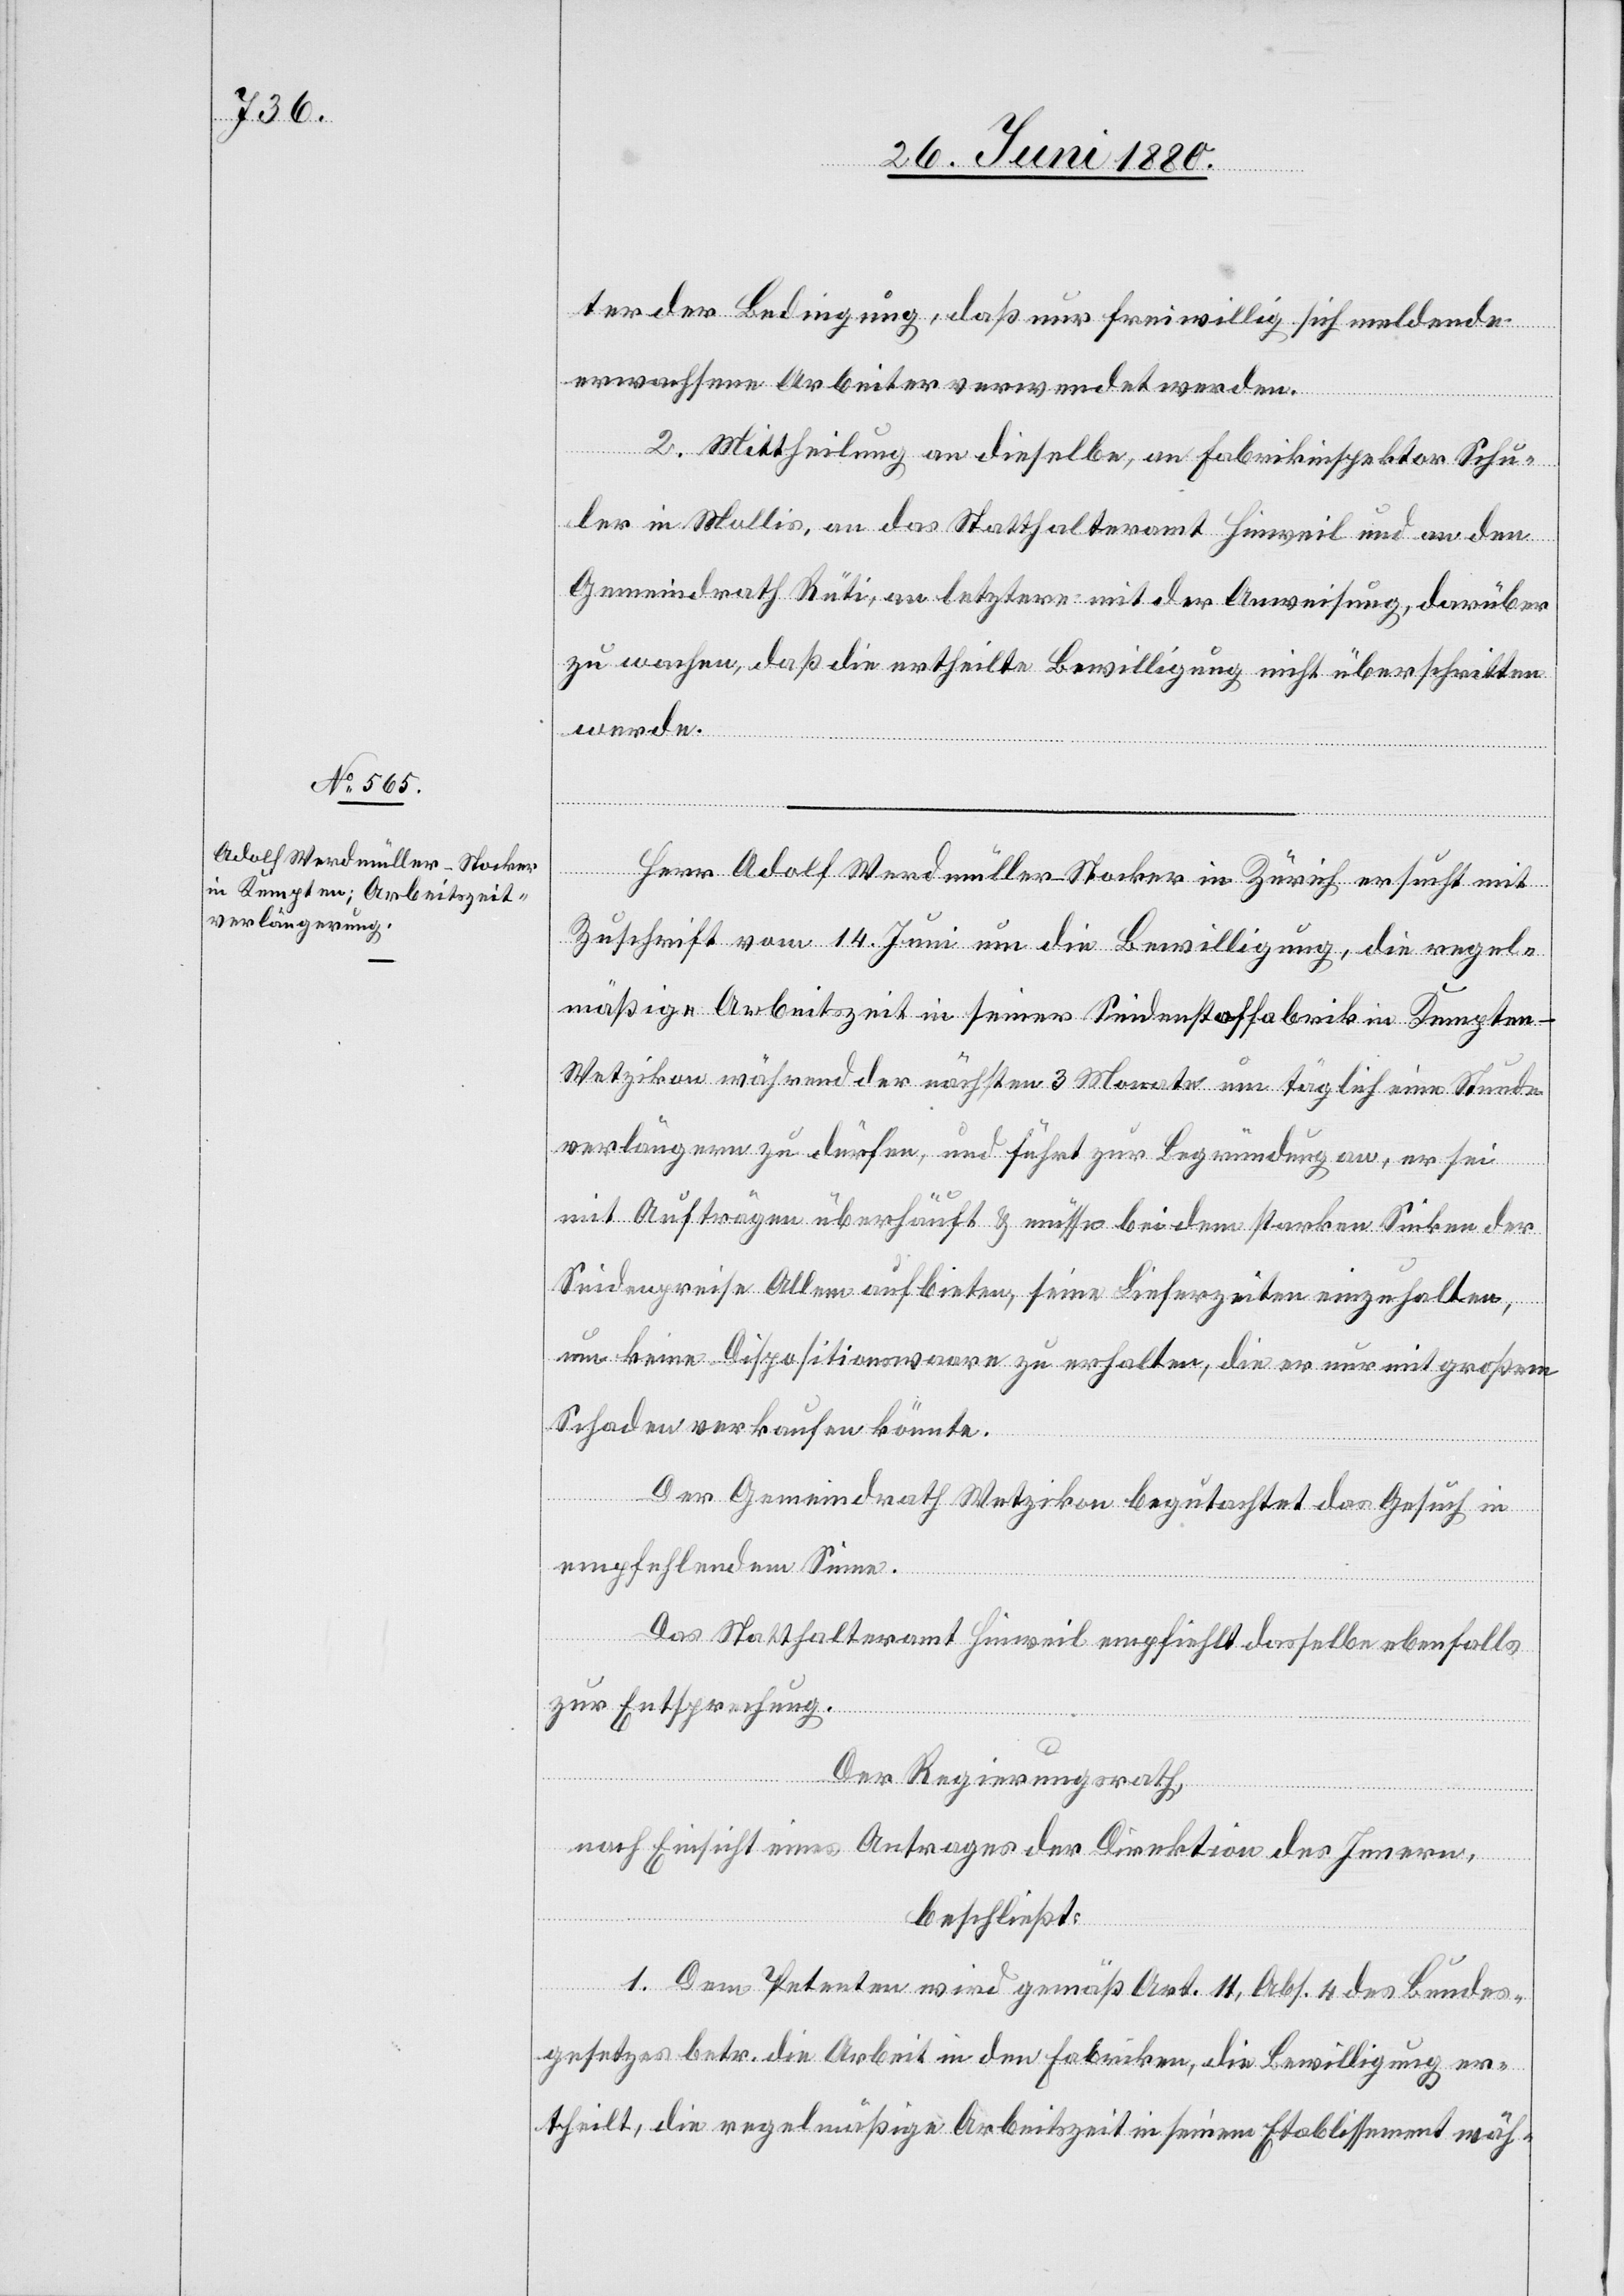
ter der Bedingung, daß nur freiwillig sich meldende
erwachsene Arbeiter verwendet werden.
2. Mittheilung an dieselbe, an Fabrikinspektor Schu¬
ler in Mollis, an das Statthalteramt Hinweil und an den
Gemeindrath Rüti, an letztere mit der Anweisung, darüber
zu wachen, daß die ertheilte Bewilligung nicht überschritten
werde.
Herr Adolf Werdmüller-Stocker in Zürich ersucht mit
Zuschrift vom 14. Juni um die Bewilligung, die regel¬
mäßige Arbeitszeit in seiner Seidenstoffabrik in Kempten
Wetzikon während der nächsten 3 Monate um täglich eine Stunde
verlängern zu dürfen, und führt zur Begründung an, er sei
mit Aufträgen überhäuft & müsse bei dem starken Sinken der
Seidenpreise Allem aufbieten, seine Lieferzeiten einzuhalten,
um keine Dispositionswaare zu erhalten, die er nur mit großem
Schaden verkaufen könnte.
Der Gemeindrath Wetzikon begutachtet das Gesuch in
empfehlendem Sinne.
Das Statthalteramt Hinweil empfiehlt dasselbe ebenfalls
zur Entsprechung.
Der Regierungsrath;
nach Einsicht eines Antrages der Direktion des Innern,
beschließt:
1. Dem Petenten wird gemäß Art. 11, Abs. 4 des Bundes¬
gesetzes betr. die Arbeit in den Fabriken die Bewilligung er¬
theilt, die regelmäßige Arbeitszeit in seinem Etablissement wäh-